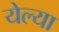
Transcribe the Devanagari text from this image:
येल्या